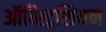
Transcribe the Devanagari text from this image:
ऑब्स्ट्रिशियन